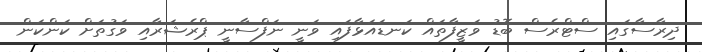
ދިރާސާގައި ސްޓްރެސް ބޮޑު ވަޒީފާތައް ކަނޑައަޅާފައި ވަނީ ނަފްސާނީ ޕްރެޝަރާއި ވަގުތަށް ކަންކަން